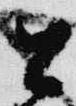
公